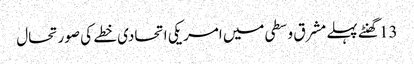
13 گھنٹے پہلے	مشرق وسطی میں امریکی اتحادی خطے کی صورتحال